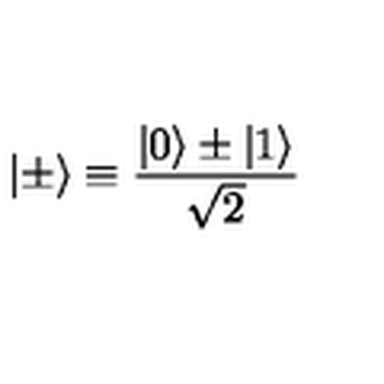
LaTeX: | \pm \rangle \equiv { \frac { | 0 \rangle \pm | 1 \rangle } { \sqrt { 2 } } }